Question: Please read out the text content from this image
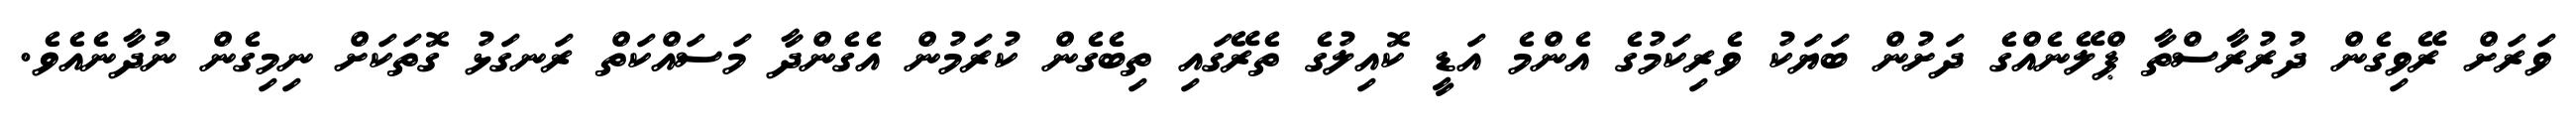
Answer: ވަރަށް ރޭވިގެން ދުރުރާސްތާ ޕްލޭނެއްގެ ދަށުން ބަޔަކު ވެރިކަމުގެ އެންމެ އަޑީ ކޮއިލުގެ ތެރޭގައި ތިބެގެން ކުރަމުން އެގެންދާ މަސައްކަތް ރަނގަޅު ގޮތަކަށް ނިމިގެން ނުދާނެއެވެ.